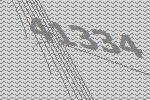
41334